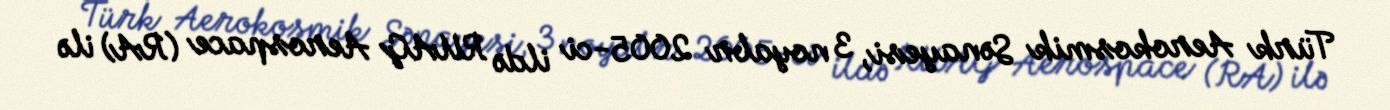
Türk Aerokosmik Sənayesi, 3 noyabr 2005-ci ildə RUAG Aerospace (RA) ilə